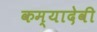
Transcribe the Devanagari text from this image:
कम्यादेवी